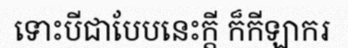
ទោះបីជាបែបនេះក្តី ក៏កីឡាករ